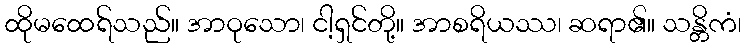
ထိုမထေရ်သည်။ အာဝုသော၊ ငါ့ရှင်တို့။ အာစရိယဿ၊ ဆရာ၏။ သန္တိကံ၊